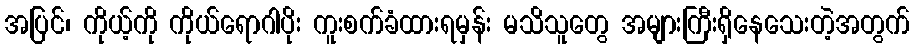
အပြင်၊ ကိုယ့်ကို ကိုယ်ရောဂါပိုး ကူးစက်ခံထားရမှန်း မသိသူတွေ အများကြီးရှိနေသေးတဲ့အတွက်